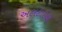
અલટાઇકા